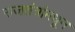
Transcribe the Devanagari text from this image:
राजतंत्रांमधून